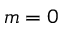
m = 0